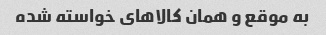
به موقع و همان کالا‌های خواسته شده